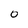
Character: 0